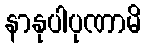
နာနုပါပုဏာမိ